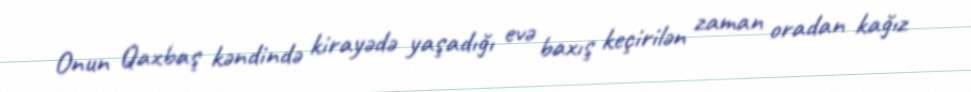
Onun Qaxbaş kəndində kirayədə yaşadığı evə baxış keçirilən zaman oradan kağız